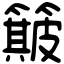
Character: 簸